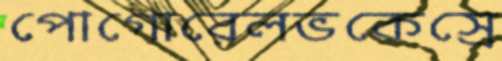
পোগোরেলভকেস্রে